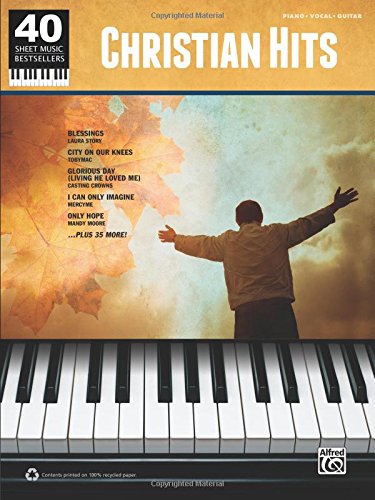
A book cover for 40 Sheet Music Bestsellers -- Christian Hits: Piano/Vocal/Guitar; Alfred Publishing Staff; Christian Books & Bibles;